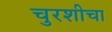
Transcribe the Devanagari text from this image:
चुरशीचा